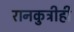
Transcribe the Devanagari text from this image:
रानकुत्रीही